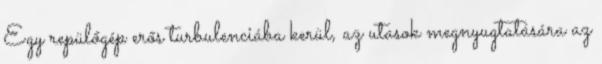
Egy repülőgép erős turbulenciába kerül, az utasok megnyugtatására az